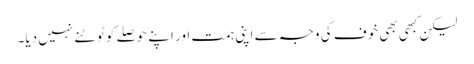
لیکن کبھی بھی خوف کی وجہ سے اپنی ہمت اور اپنے حوصلے کو ٹوٹنے نہیں دیا۔